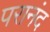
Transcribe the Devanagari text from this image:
परानंद